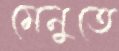
মেনুতে